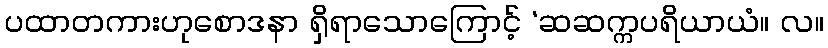
ပထာတကားဟုစောဒနာ ရှိရာသောကြောင့် ‘ဆဆက္ကပရိယာယံ။ လ။